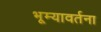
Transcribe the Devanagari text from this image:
भूम्यावर्तना